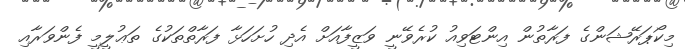
މިކޯޕަރޭޝަންގެ ފަރާތުން އިންޓަވިއު ކުރެވޭނީ ވަޒީފާއަށް އެދި ހުށަހަޅާ ފަރާތްތަކުގެ ތަޢުލީމީ ފެންވަރާއި